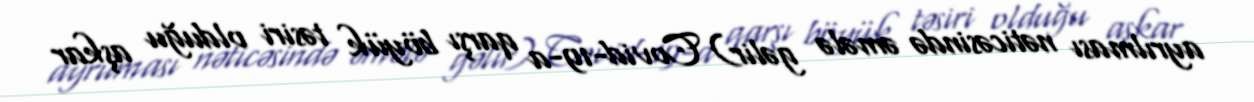
ayrılması nəticəsində əmələ gəlir) Covid-19-a qarşı böyük təsiri olduğu aşkar